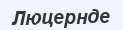
Люцернде